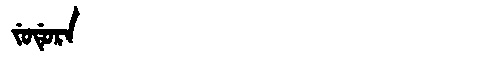
Manchu: ᠵᡠᡩᡠᡵᠠ
Romanization: JUDURA